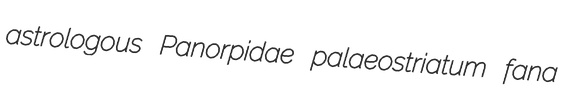
astrologous Panorpidae palaeostriatum fana